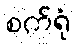
စက်ရုံ